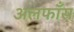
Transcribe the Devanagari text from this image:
अलफाँस